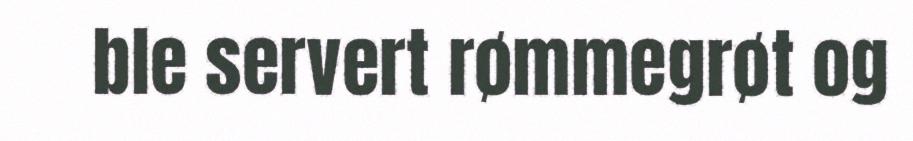
ble servert rømmegrøt og